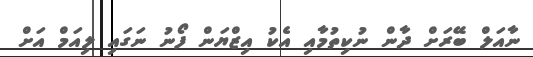
ނާއަލް ބޭރަށް ދާން ނުކިތުމާއި އެކު އިޒްޔަން ފޯނު ނަގައި ލިއަމް އަށް